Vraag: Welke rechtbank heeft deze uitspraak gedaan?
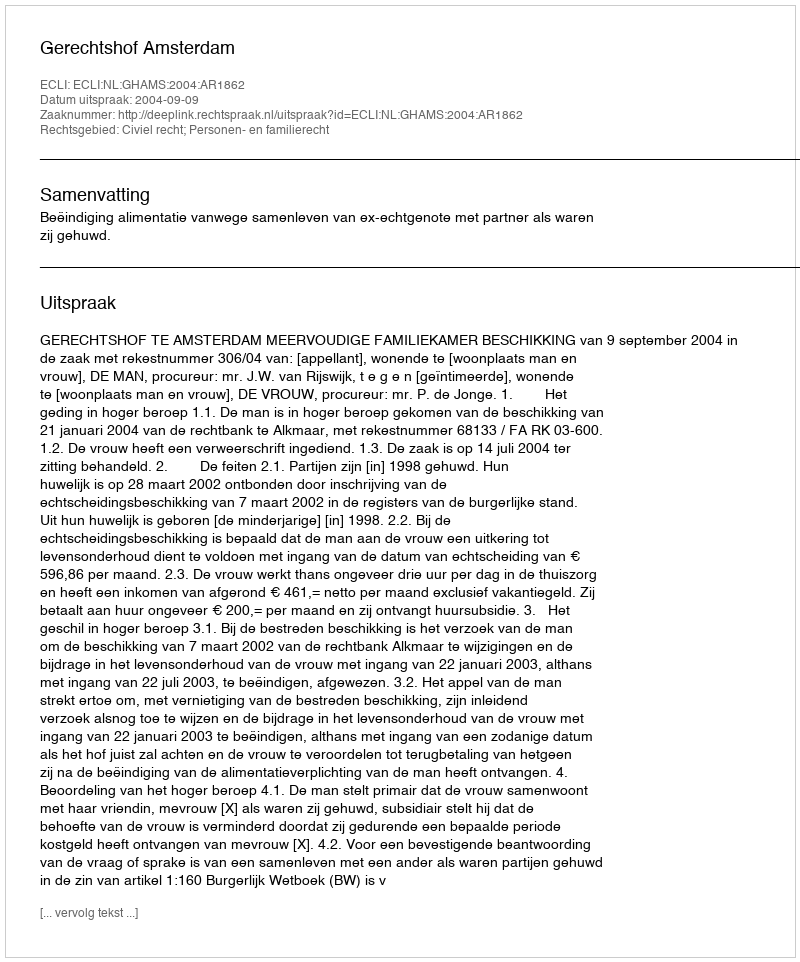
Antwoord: Gerechtshof Amsterdam